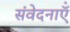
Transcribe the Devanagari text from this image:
संवेदनाऍं